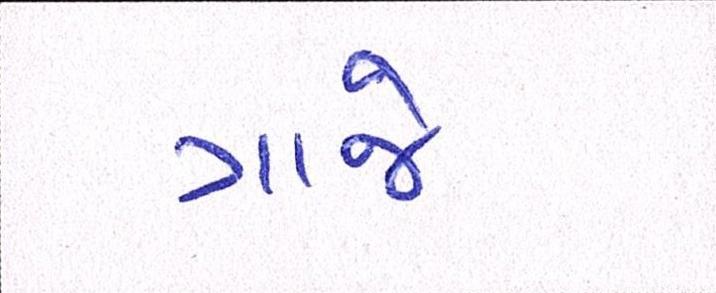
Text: ગાજે